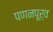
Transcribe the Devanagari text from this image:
पणनपूर्व